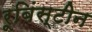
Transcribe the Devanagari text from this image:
रूबिंस्टीन